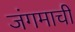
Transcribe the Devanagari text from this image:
जंगमाची